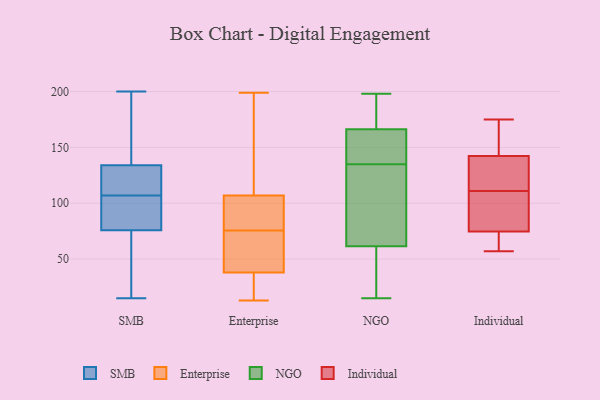
{"axis": {"x": "Churn Rate (%)", "y": "Value"}, "legend": ["Enterprise", "Individual", "NGO", "SMB"], "data": [{"x": "", "y": 66, "type": "SMB"}, {"x": "", "y": 102, "type": "SMB"}, {"x": "", "y": 113, "type": "SMB"}, {"x": "", "y": 15, "type": "SMB"}, {"x": "", "y": 110, "type": "SMB"}, {"x": "", "y": 190, "type": "SMB"}, {"x": "", "y": 36, "type": "SMB"}, {"x": "", "y": 86, "type": "SMB"}, {"x": "", "y": 199, "type": "SMB"}, {"x": "", "y": 110, "type": "SMB"}, {"x": "", "y": 83, "type": "SMB"}, {"x": "", "y": 107, "type": "SMB"}, {"x": "", "y": 79, "type": "SMB"}, {"x": "", "y": 21, "type": "SMB"}, {"x": "", "y": 188, "type": "SMB"}, {"x": "", "y": 200, "type": "SMB"}, {"x": "", "y": 116, "type": "SMB"}, {"x": "", "y": 78, "type": "Enterprise"}, {"x": "", "y": 191, "type": "Enterprise"}, {"x": "", "y": 72, "type": "Enterprise"}, {"x": "", "y": 94, "type": "Enterprise"}, {"x": "", "y": 39, "type": "Enterprise"}, {"x": "", "y": 104, "type": "Enterprise"}, {"x": "", "y": 36, "type": "Enterprise"}, {"x": "", "y": 18, "type": "Enterprise"}, {"x": "", "y": 199, "type": "Enterprise"}, {"x": "", "y": 73, "type": "Enterprise"}, {"x": "", "y": 91, "type": "Enterprise"}, {"x": "", "y": 65, "type": "Enterprise"}, {"x": "", "y": 110, "type": "Enterprise"}, {"x": "", "y": 188, "type": "Enterprise"}, {"x": "", "y": 13, "type": "Enterprise"}, {"x": "", "y": 37, "type": "Enterprise"}, {"x": "", "y": 33, "type": "NGO"}, {"x": "", "y": 162, "type": "NGO"}, {"x": "", "y": 127, "type": "NGO"}, {"x": "", "y": 27, "type": "NGO"}, {"x": "", "y": 130, "type": "NGO"}, {"x": "", "y": 45, "type": "NGO"}, {"x": "", "y": 156, "type": "NGO"}, {"x": "", "y": 144, "type": "NGO"}, {"x": "", "y": 15, "type": "NGO"}, {"x": "", "y": 135, "type": "NGO"}, {"x": "", "y": 198, "type": "NGO"}, {"x": "", "y": 141, "type": "NGO"}, {"x": "", "y": 67, "type": "NGO"}, {"x": "", "y": 185, "type": "NGO"}, {"x": "", "y": 179, "type": "NGO"}, {"x": "", "y": 192, "type": "NGO"}, {"x": "", "y": 101, "type": "NGO"}, {"x": "", "y": 121, "type": "Individual"}, {"x": "", "y": 111, "type": "Individual"}, {"x": "", "y": 74, "type": "Individual"}, {"x": "", "y": 68, "type": "Individual"}, {"x": "", "y": 174, "type": "Individual"}, {"x": "", "y": 88, "type": "Individual"}, {"x": "", "y": 57, "type": "Individual"}, {"x": "", "y": 137, "type": "Individual"}, {"x": "", "y": 158, "type": "Individual"}, {"x": "", "y": 81, "type": "Individual"}, {"x": "", "y": 175, "type": "Individual"}, {"x": "", "y": 118, "type": "Individual"}, {"x": "", "y": 75, "type": "Individual"}]}